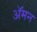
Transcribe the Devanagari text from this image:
अॅमन